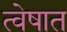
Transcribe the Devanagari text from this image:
त्वेषात